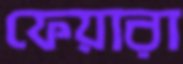
ফেয়ারা